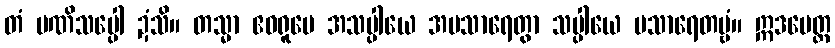
တံ မဏိသပ္ပေါ ဍံသိ။ တသ္မာ ဧဝရူပေ အသပ္ပါယေ အပသာရေတွာ သပ္ပါယေ ပသာရေတဗ္ဗံ။ ဣဒမေတ္ထ